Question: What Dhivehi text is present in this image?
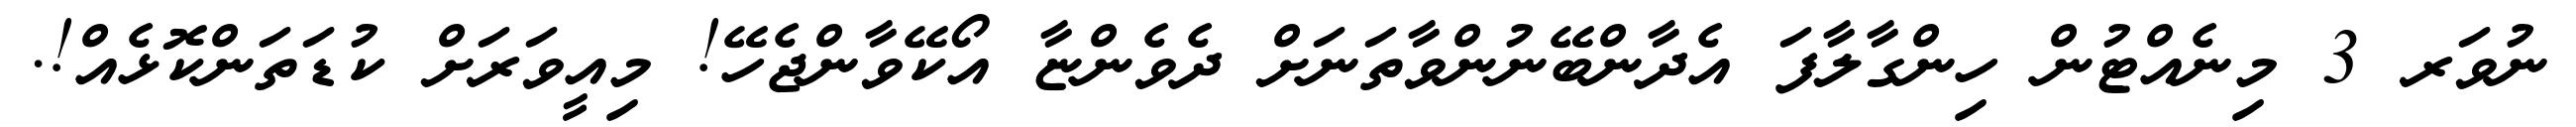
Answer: ނުވަރ 3 މިނެއްޓުން ހިންގާލާފަ އެދާންބޭނުންވާތަނަށް ދެވެންޏާ އޯކޭވާންޖެހޭ! މިއީވަރަށް ކުޑަތަންކޮޅެއް!.